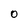
Character: 0